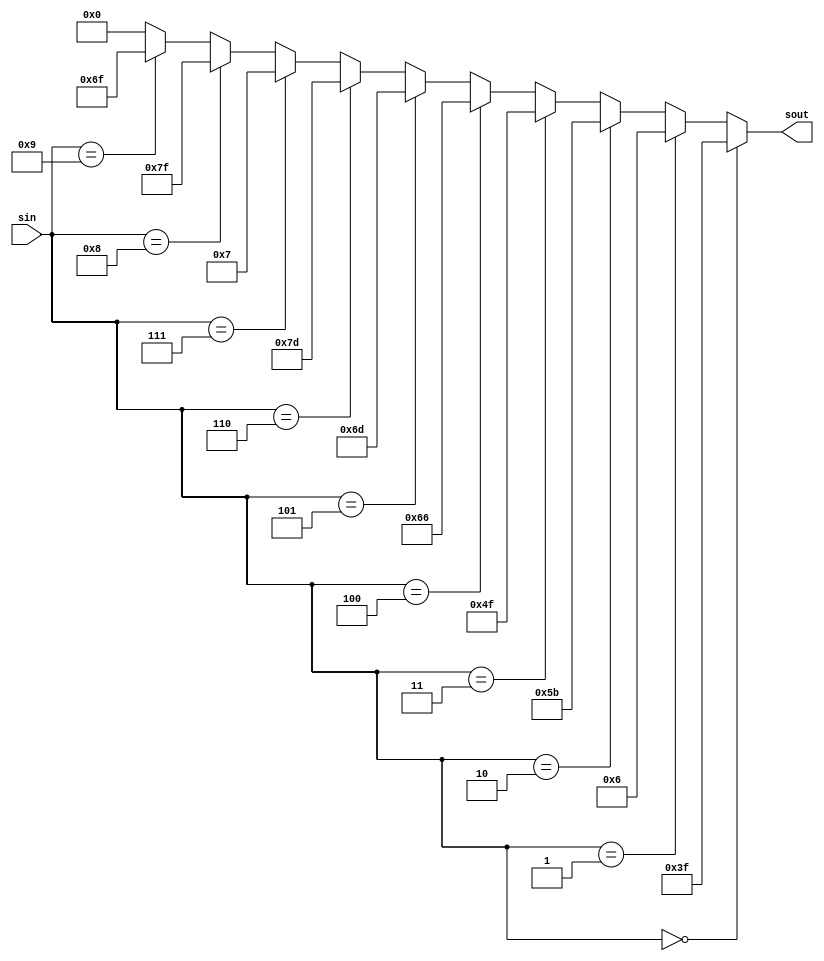

//bin to 7seg
module bcd2seg(sin, sout);
input wire [3:0] sin;
output wire [6:0] sout;

assign sout = (sin==4'h0) ? 7'b0111111 :
              (sin==4'h1) ? 7'b0000110 :
              (sin==4'h2) ? 7'b1011011 :
              (sin==4'h3) ? 7'b1001111 :
              (sin==4'h4) ? 7'b1100110 :
              (sin==4'h5) ? 7'b1101101 :
              (sin==4'h6) ? 7'b1111101 :
              (sin==4'h7) ? 7'b0000111 :
              (sin==4'h8) ? 7'b1111111 :
              (sin==4'h9) ? 7'b1101111 : 7'b0000000;

endmodule